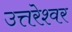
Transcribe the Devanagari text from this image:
उत्तरेश्‍वर